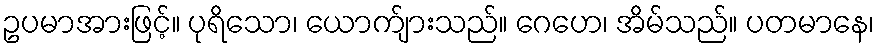
ဥပမာအားဖြင့်။ ပုရိသော၊ ယောက်ျားသည်။ ဂေဟေ၊ အိမ်သည်။ ပတမာနေ၊